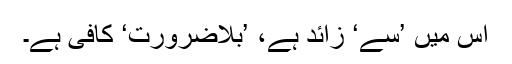
اس میں ’سے‘ زائد ہے، ’بلاضرورت‘ کافی ہے۔